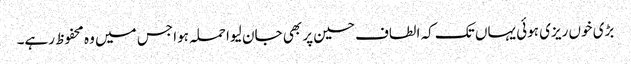
بڑی خوں ریزی ہوئی یہاں تک کہ الطاف حسین پر بھی جان لیوا حملہ ہوا جس میں وہ محفوظ رہے۔